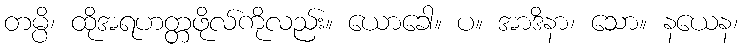
တမ္ပိ၊ ထိုအရဟတ္တဖိုလ်ကိုလည်း။ ယောခေါ။ ပ။ အာဒိနာ၊ သော။ နယေန၊